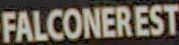
FALCONEREST